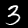
Label: 3